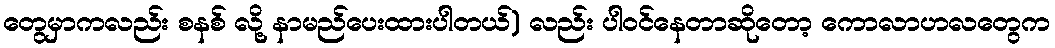
တွေမှာကလည်း စနစ် လို့ နာမည်ပေးထားပါတယ်) လည်း ပါဝင်နေတာဆိုတော့ ကောလာဟလတွေက